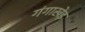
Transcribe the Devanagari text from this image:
गंगाखेड़